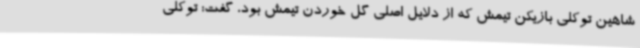
شاهین توکلی بازیکن تیمش که از دلایل اصلی گل خوردن تیمش بود، گفت: توکلی